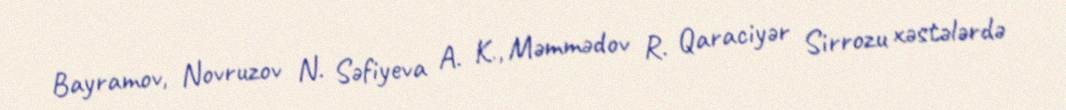
Bayramov, Novruzov N. Səfiyeva A. K., Məmmədov R. Qaraciyər Sirrozu xəstələrdə